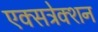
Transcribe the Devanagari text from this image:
एक्सट्रेक्शन